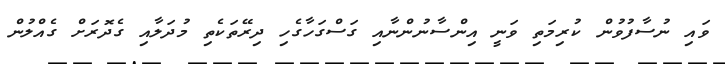
ވައި ނުސާފުވުން ކުރިމަތި ވަނީ އިންސާނުންނާއި ގަސްގަހާގެހި ދިރޭތަކެތި މުދަލާއި ގެދޮރަށް ގެއްލުން